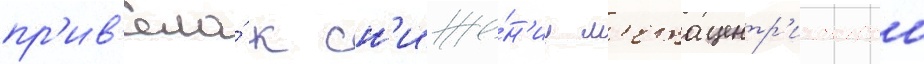
пр'ив'ела́ к сн'иже́н'иу м'етацентр'ическои